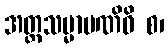
အတ္တသမ္မာပဏိဓိ စ၊